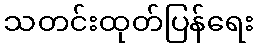
သတင်းထုတ်ပြန်ရေး